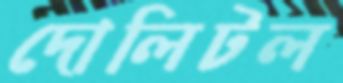
দোলিটল